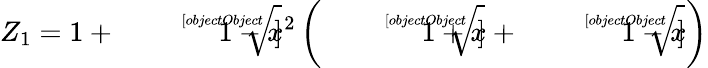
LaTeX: Z_{1}=1+{\sqrt[[objectObject]]{1-x^{2}}}\left({\sqrt[[objectObject]]{1+x}}+{\sqrt[[objectObject]]{1-x}}\right)